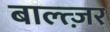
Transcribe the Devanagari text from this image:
बाल्त्ज़र